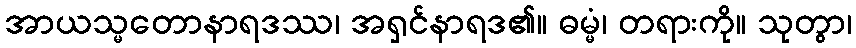
အာယသ္မတောနာရဒဿ၊ အရှင်နာရဒ၏။ ဓမ္မံ၊ တရားကို။ သုတွာ၊